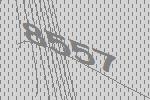
8557